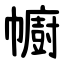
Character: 幮